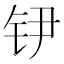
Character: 𲇶